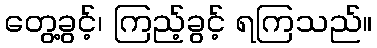
တွေ့ခွင့်၊ ကြည့်ခွင့် ရကြသည်။